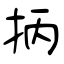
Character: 抦